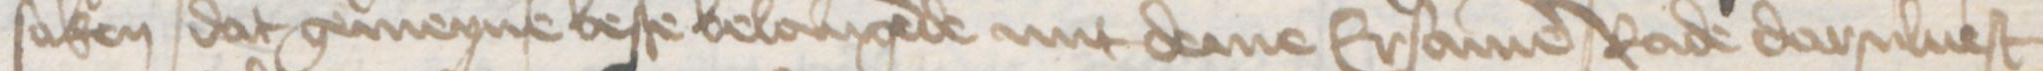
saken dat gemeyne beste belangende mit deme Ersamen rade darsuluest